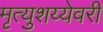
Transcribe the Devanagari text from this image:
मृत्युशय्येवरी